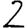
Digit: 2